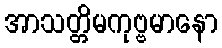
အာသတ္တိမကုဗ္ဗမာနော